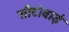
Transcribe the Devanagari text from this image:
सीटीवाई